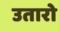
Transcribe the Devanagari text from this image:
उतारो